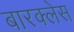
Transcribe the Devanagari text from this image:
बारक्लेस